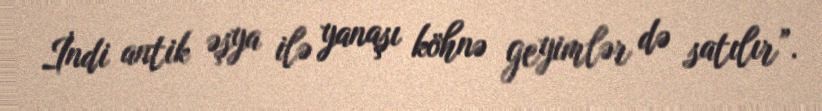
İndi antik əşya ilə yanaşı köhnə geyimlər də satılır”.